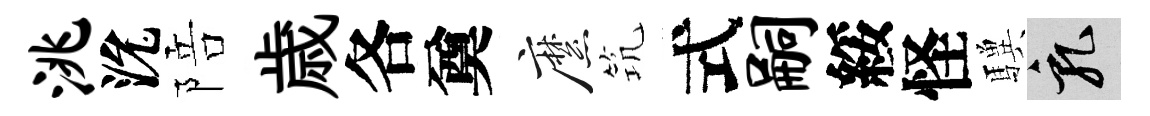
洮沇陪歳各奠縻𥬑式嗣綏怪驥乳